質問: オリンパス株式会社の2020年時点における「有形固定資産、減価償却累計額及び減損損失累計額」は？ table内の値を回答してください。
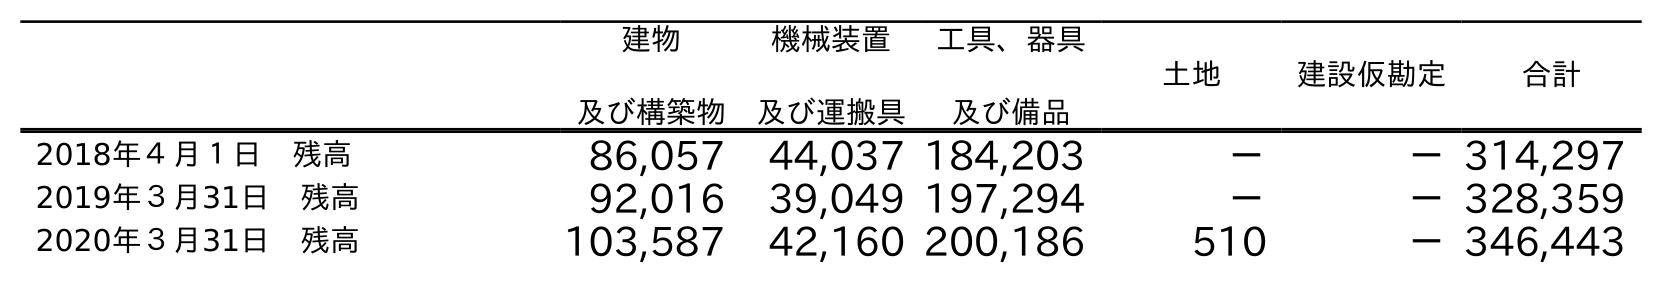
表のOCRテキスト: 建物 及び構築物 機械装置 及び運搬具 工具、器具 及び備品 土地 建設仮勘定 合計 2018年４月１日 残高 86,057 44,037 184,203 － －314,297 2019年３月31日 残高 92,016 39,049 197,294 － －328,359 2020年３月31日 残高 103,587 42,160 200,186 510 －346,443
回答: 346,443